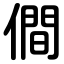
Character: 僴